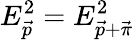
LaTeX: E_{\vec{p}}^{2}=E_{\vec{p}+\vec{\pi}}^{2}